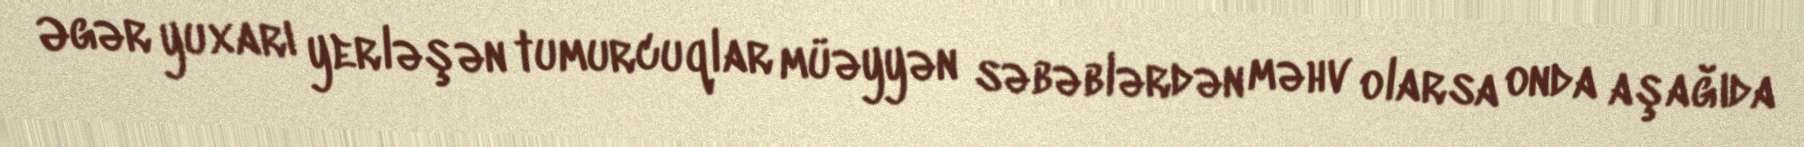
Əgər yuxarı yerləşən tumurcuqlar müəyyən səbəblərdən məhv olarsa onda aşağıda